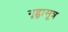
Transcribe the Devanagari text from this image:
गृह्वासूत्र